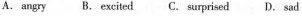
A.angry B. Excited C.Surprised D.Sad